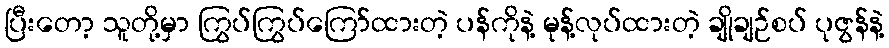
ပြီးတော့ သူတို့မှာ ကြွပ်ကြွပ်ကြော်ထားတဲ့ ပန်ကိုနဲ့ မုန့်လုပ်ထားတဲ့ ချိုချဉ်စပ် ပုဇွန်နဲ့